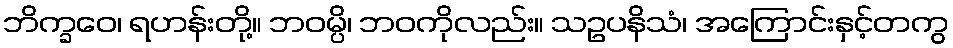
ဘိက္ခဝေ၊ ရဟန်းတို့။ ဘဝမ္ပိ၊ ဘဝကိုလည်း။ သဥပနိသံ၊ အကြောင်းနှင့်တကွ